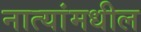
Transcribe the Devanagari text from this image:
नात्यांमधील